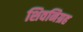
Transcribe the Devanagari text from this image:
शिवनिग्रह